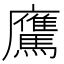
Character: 𩦵